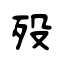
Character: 歿